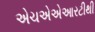
એચએએઆરટીથી